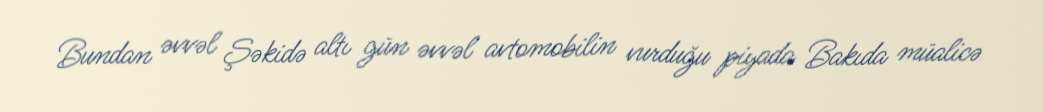
Bundan əvvəl Şəkidə altı gün əvvəl avtomobilin vurduğu piyada Bakıda müalicə